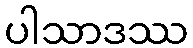
ပါသာဒဿ